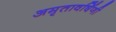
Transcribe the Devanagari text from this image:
अमृतावर्षिणी